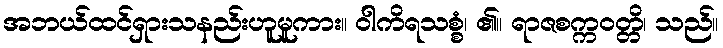
အဘယ်ထင်ရှားသနည်းဟူမူကား။ ဝါကိရသစ္စံ၊ ၏။ ရာဇစက္ကဝတ္တိ၊ သည်။